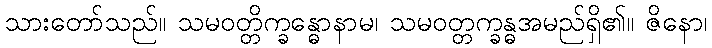
သားတော်သည်။ သမဝတ္တိက္ခန္ဓောနာမ၊ သမဝတ္တက္ခန္ဓအမည်ရှိ၏။ ဇိနော၊